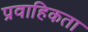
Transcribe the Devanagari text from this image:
प्रवाहिकता